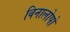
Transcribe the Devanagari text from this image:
विनालोपो